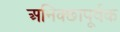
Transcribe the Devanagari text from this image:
अनिक्छापूर्वक